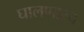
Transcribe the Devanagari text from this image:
घालणारच